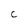
Character: C